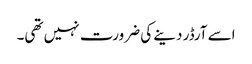
اسے آرڈر دینے کی ضرورت نہیں تھی۔